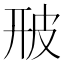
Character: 𤿐